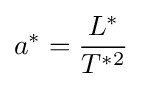
a^{*}={\frac {L^{*}}{T^{*2}}}